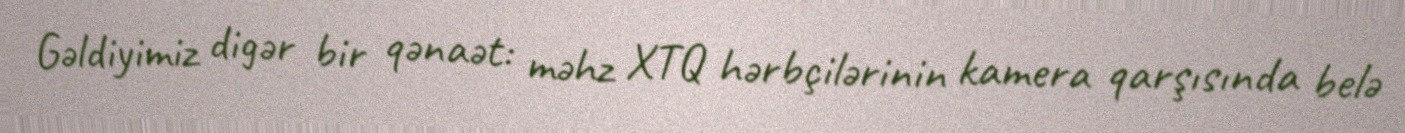
Gəldiyimiz digər bir qənaət: məhz XTQ hərbçilərinin kamera qarşısında belə